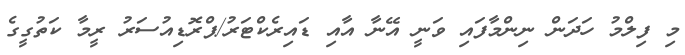
މި ފިލްމު ހަދަން ނިންމާފައި ވަނީ އޭނާ އާއި ޑައިރެކްޓަރު/ޕްރޮޑިއުސަރު ރީމާ ކަތުގީގެ